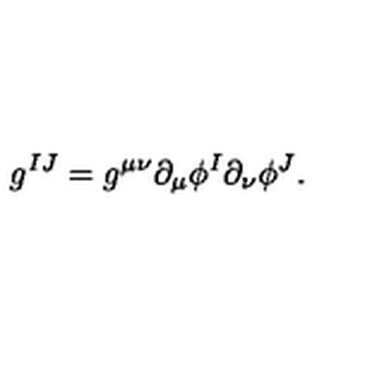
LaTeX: g ^ { I J } = g ^ { \mu \nu } \partial _ { \mu } \phi ^ { I } \partial _ { \nu } \phi ^ { J } .